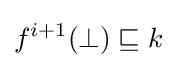
f^{i+1}(\bot )\sqsubseteq k